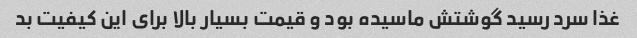
غذا سرد رسید گوشتش ماسیده بود و قیمت بسیار بالا براى این کیفیت بد